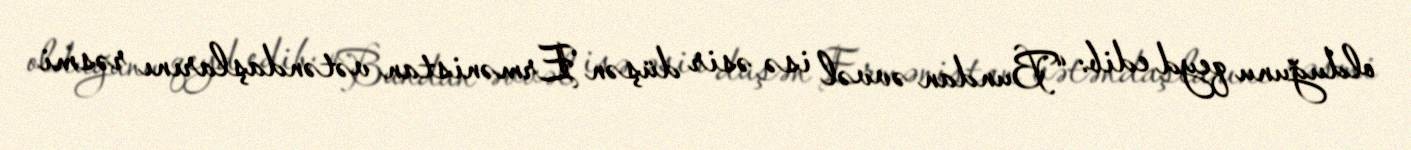
olduğunu qeyd edib: “Bundan əvvəl isə əsir düşən Ermənistan vətəndaşlarını rəsmi